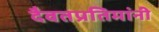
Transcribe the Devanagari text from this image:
दैवतप्रतिमांनी